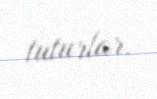
tuturlar.